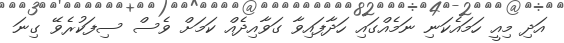
އަދި މިއީ ހަމައެކަނި ނަމެއްގައި ހަދާފައިވާ ގަވާއިދެއް ކަމަށް ވެސް ސިފަކުރެވޭ ގިނަ